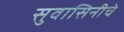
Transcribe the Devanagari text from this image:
सुवासिनीचे